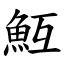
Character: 魱